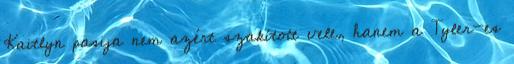
Kaitlyn pasija nem azért szakított vele, hanem a Tyler-es